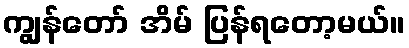
ကျွန်တော် အိမ် ပြန်ရတော့မယ်။